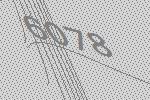
6078